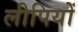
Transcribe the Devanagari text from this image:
लीपियों